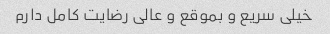
خیلی سریع و بموقع و عالی رضایت کامل دارم